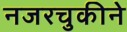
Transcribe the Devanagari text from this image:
नजरचुकीने